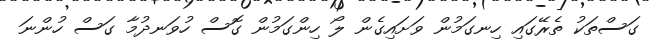
ގަސްތަކު ތެރޭގައި ހިނގަމުން ވަށައިގެން ލޯ ހިންގަމުން ގޮސް ހުވަނދުމާ ގަސް ހުންނަ